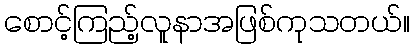
စောင့်ကြည့်လူနာအဖြစ်ကုသတယ်။